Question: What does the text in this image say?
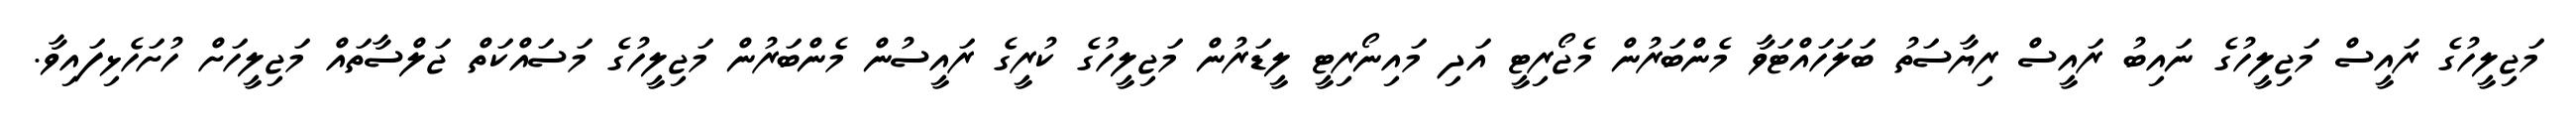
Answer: މަޖިލީހުގެ ރައީސް މަޖިލީހުގެ ނައިބު ރައީސް ރިޔާސަތު ބަލަހައްޓަވާ މެންބަރުން މެޖޯރިޓީ އަދި މައިނޯރިޓީ ލީޑަރުން މަޖިލީހުގެ ކުރީގެ ރައީސުން މެންބަރުން މަޖިލީހުގެ މަސައްކަތް ޖަލްސާތައް މަޖިލީހަށް ހުށަހެޅިފައިވާ.